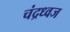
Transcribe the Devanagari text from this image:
चंद्रध्वज